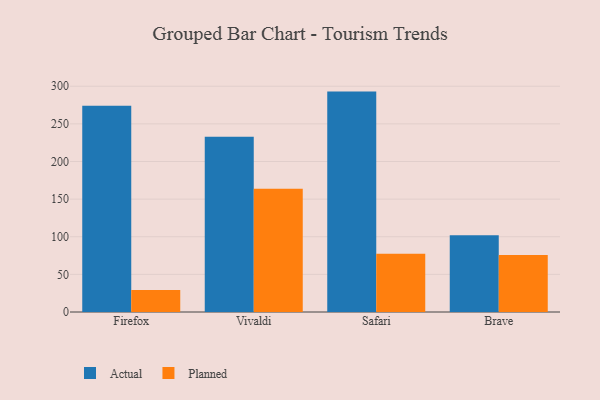
{"axis": {"x": "Browser", "y": "Active Users"}, "legend": ["Actual", "Planned"], "data": [{"x": "Firefox", "y": 274.0, "type": "Actual"}, {"x": "Firefox", "y": 29.4, "type": "Planned"}, {"x": "Vivaldi", "y": 232.8, "type": "Actual"}, {"x": "Vivaldi", "y": 163.7, "type": "Planned"}, {"x": "Safari", "y": 292.9, "type": "Actual"}, {"x": "Safari", "y": 77.3, "type": "Planned"}, {"x": "Brave", "y": 101.9, "type": "Actual"}, {"x": "Brave", "y": 75.8, "type": "Planned"}]}